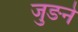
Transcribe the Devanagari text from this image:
जुङने